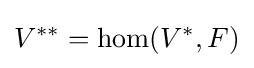
V^{**}=\hom(V^{*},F)